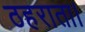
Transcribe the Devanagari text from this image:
ठहराता।